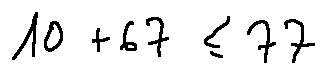
1 0 + 6 7 \leq 7 7